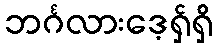
ဘင်္ဂလားဒေ့ရှ်ရှိ